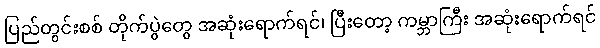
ပြည်တွင်းစစ် တိုက်ပွဲတွေ အဆုံးရောက်ရင်၊ ပြီးတော့ ကမ္ဘာကြီး အဆုံးရောက်ရင်